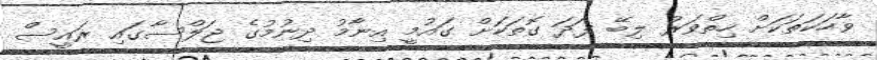
ވާހަކަތަކަށް ހިތްވަރު ލިބޭ ފަދަ ގޮތަކަށް ގައުމީ އިނާމު ދިނުމުގެ ޖަލްސާގައި ރައީސް